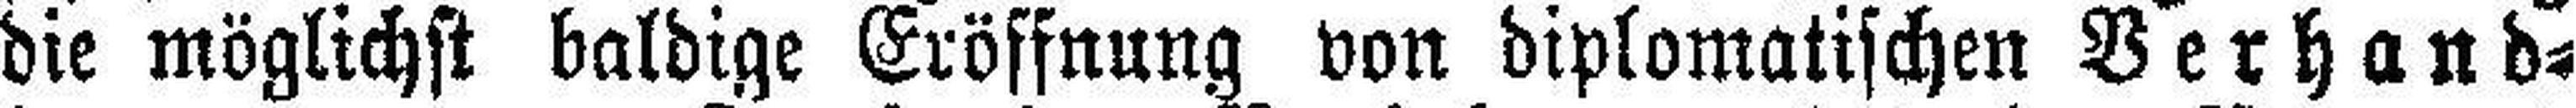
die möglichst baldige Eröffnung von diplomatischen Verhand¬